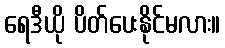
ရေဒီယို ပိတ်ပေးနိုင်မလား။